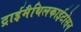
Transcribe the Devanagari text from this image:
ट्राईमैथिलकाईटोसन